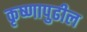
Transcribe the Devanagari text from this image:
कृष्णापुढील